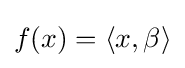
f(x)=\langle x,\beta \rangle